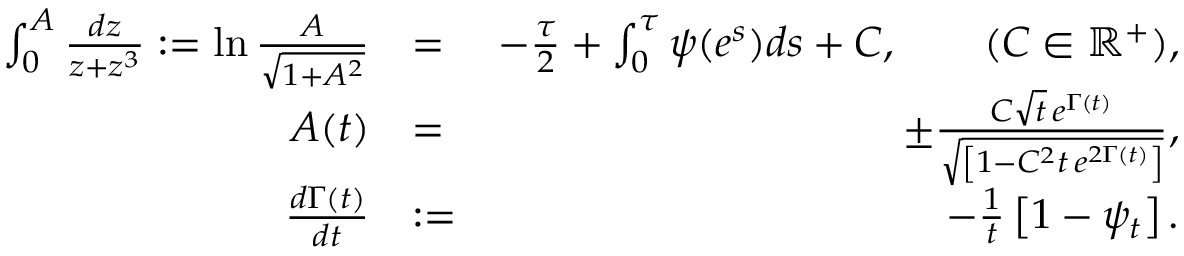
\begin{array} { r l r } { \int _ { 0 } ^ { A } \frac { d z } { z + z ^ { 3 } } : = \ln \frac { A } { \sqrt { 1 + A ^ { 2 } } } } & { = } & { - \frac { \tau } { 2 } + \int _ { 0 } ^ { \tau } \psi ( e ^ { s } ) d s + C , \qquad ( C \in \mathbb { R } ^ { + } ) , } \\ { A ( t ) } & { = } & { \pm \frac { C \sqrt { t } \, e ^ { \Gamma ( t ) } } { \sqrt { \left[ 1 - C ^ { 2 } t \, e ^ { 2 \Gamma ( t ) } \right] } } , } \\ { \frac { d \Gamma ( t ) } { d t } } & { : = } & { - \frac { 1 } { t } \left[ 1 - \psi _ { t } \right] . } \end{array}